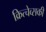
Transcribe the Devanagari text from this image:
क्रित्चेव्सकी